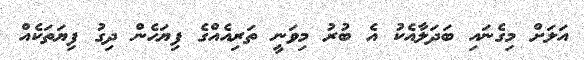
އަލަށް މިގެނައި ބަދަލާއެކު އެ ބުރު މިވަނީ ތަރިއެއްގެ ފިޔަހެން ދިގު ފިޔަތަކެއް